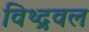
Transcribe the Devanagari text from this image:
विथ्द्रवल